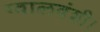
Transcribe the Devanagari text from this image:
ग्वालवंशी।